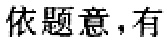
依题意，有